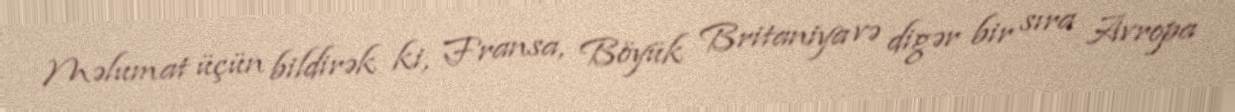
Məlumat üçün bildirək ki, Fransa, Böyük Britaniya və digər bir sıra Avropa